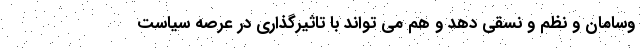
وسامان و نظم و نسقی دهد و هم می تواند با تاثیرگذاری در عرصه سیاست